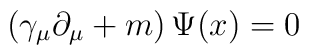
\left( \gamma _\mu \partial _\mu +m\right) \Psi (x)=0